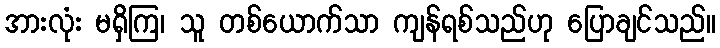
အားလုံး မရှိကြ၊ သူ တစ်ယောက်သာ ကျန်ရစ်သည်ဟု ပြောချင်သည်။